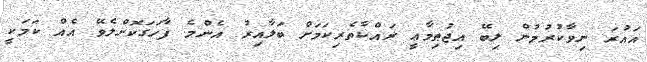
އައުރަ ނިވާކުރުމުން ލިބޭ އިޖުޠިމާޢީ ރައްކާތެރިކަމަށް ބަލާއިރު އެންމެ ފާހަގަކޮށްލެވޭ އެއް ކަމަކީ